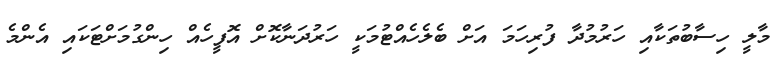
މާލީ ހިސާބުތަކާއި ހަރުމުދާ ފުރިހަމަ އަށް ބެލެހެއްޓުމަކީ ހަރުދަނާކޮށް އޮފީހެއް ހިންގުމަށްޓަކައި އެންމެ